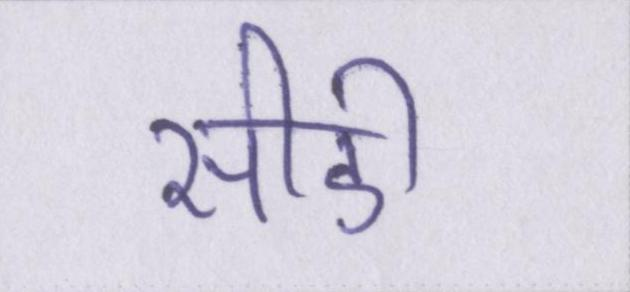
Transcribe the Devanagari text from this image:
सीडी